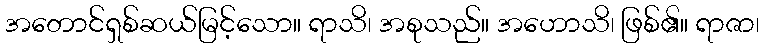
အတောင်ရှစ်ဆယ်မြင့်သော။ ရာသိ၊ အစုသည်။ အဟောသိ၊ ဖြစ်၏။ ရာဇာ၊